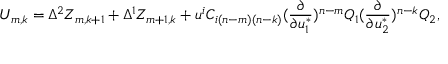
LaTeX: U _ { m , k } = \Delta ^ { 2 } Z _ { m , k + 1 } + \Delta ^ { 1 } Z _ { m + 1 , k } + u ^ { i } C _ { i ( n - m ) ( n - k ) } ( { \frac { \partial } { \partial u _ { 1 } ^ { * } } } ) ^ { n - m } Q _ { 1 } ( { \frac { \partial } { \partial u _ { 2 } ^ { * } } } ) ^ { n - k } Q _ { 2 } ,